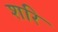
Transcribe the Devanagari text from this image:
शरि